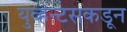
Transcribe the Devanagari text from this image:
युव्हेन्टसकडून